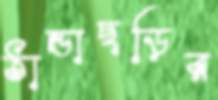
ঠান্ডাছড়ির